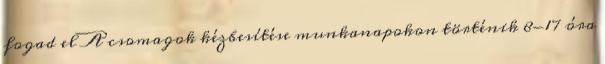
fogad el A csomagok kézbesítése munkanapokon történik 8-17 óra